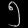
Digit: ၅